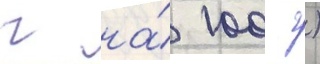
г на́ 100 г)